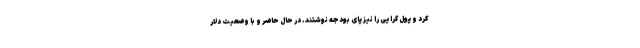
کرد و پول گرایی را نیز پای بودجه نوشتند. در حال حاضر و با وضعیت دلار